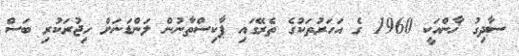
ސާދިގު ޚާންއަކީ 1960 ގެ އަހަރުތަކުގެ ތެރޭގައި ޕާކިސްތާނުން ލަންޑަނަށް ހިޖުރަކުރި ބަސް